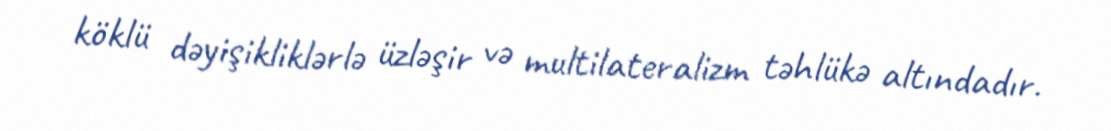
köklü dəyişikliklərlə üzləşir və multilateralizm təhlükə altındadır.